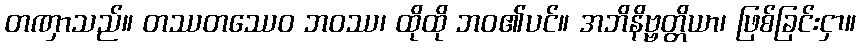
တဏှာသည်။ တဿတဿေဝ ဘဝဿ၊ ထိုထို ဘဝ၏ပင်။ အဘိနိဗ္ဗတ္တိယာ၊ ဖြစ်ခြင်းငှာ။